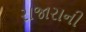
રાજારાની